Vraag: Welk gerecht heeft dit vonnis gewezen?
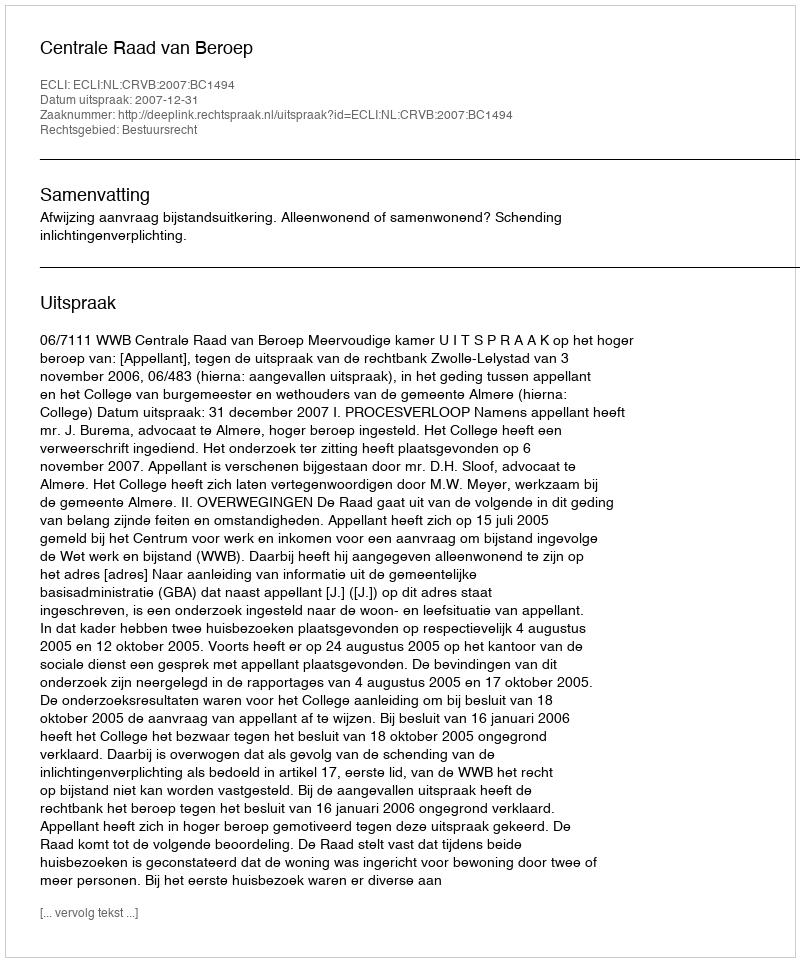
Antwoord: Centrale Raad van Beroep